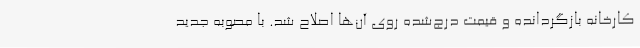
کارخانه بازگردانده و قیمت درج‌شده روی آن‌ها اصلاح شد. با مصوبه جدید